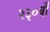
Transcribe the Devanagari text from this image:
२३०वाँ